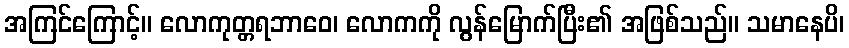
အကြင်ကြောင့်။ လောကုတ္တရဘာဝေ၊ လောကကို လွန်မြောက်ပြီး၏ အဖြစ်သည်။ သမာနေပိ၊